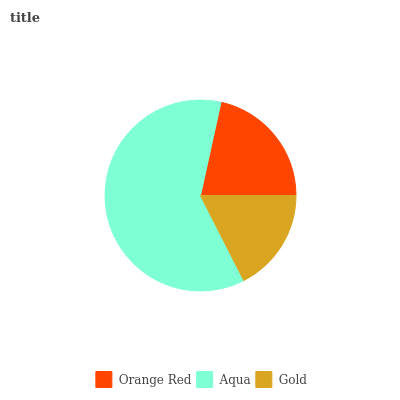
| Orange Red | Aqua | Gold |
 | --- | --- | --- |
 | 21.5% | 61% | 17.5% |